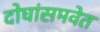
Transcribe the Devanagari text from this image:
दोघांसमवेत